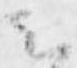
云